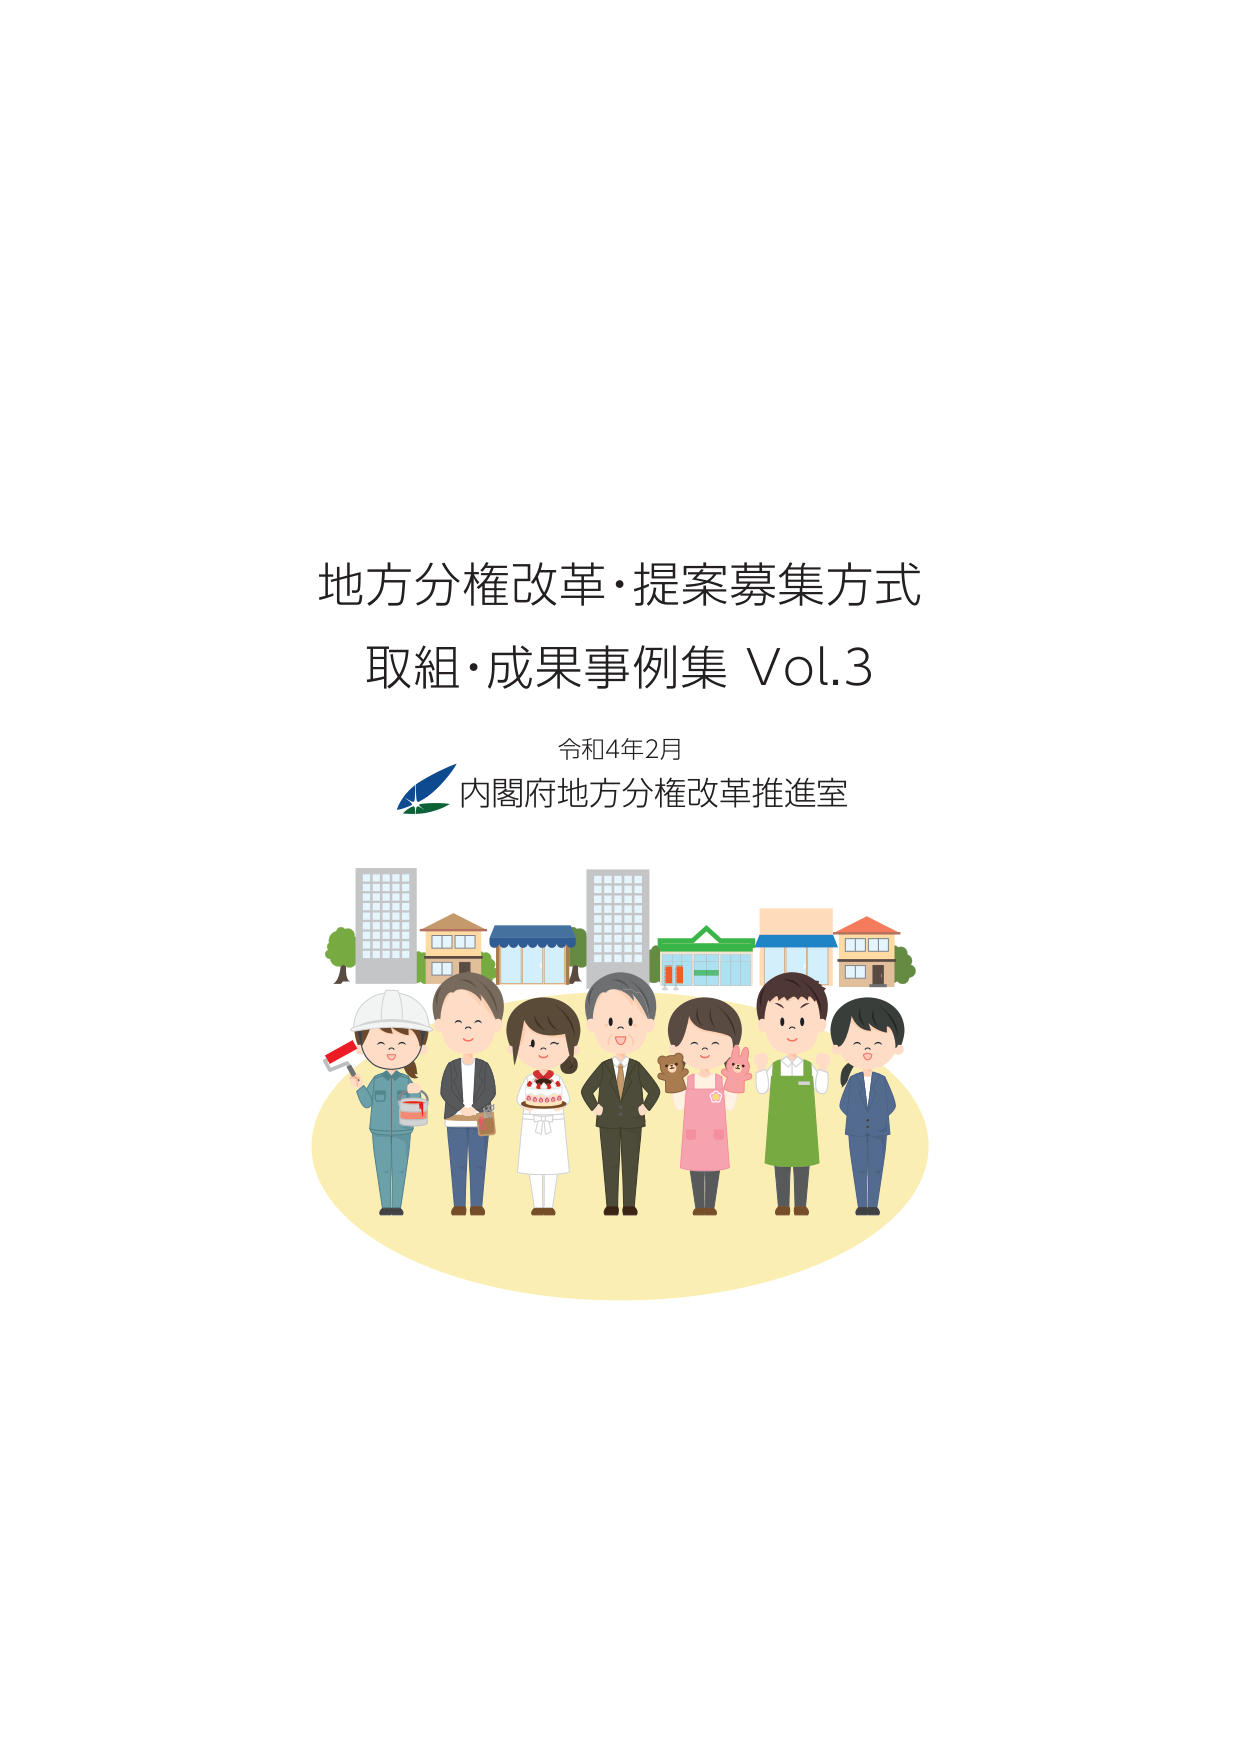
地方分権改革・提案募集方式
取組・成果事例集 Vol.3

令和4年2月
内閣府地方分権改革推進室